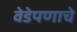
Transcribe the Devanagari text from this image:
वेडेपणाचे